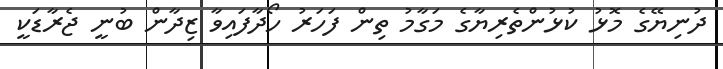
ދުނިޔޭގެ މޮޅު ކުޅުންތެރިޔާގެ މަގާމު ތިން ފަހަރު ހޯދާފައިވާ ޒިދާން ބުނީ ޖެރާޑަކީ